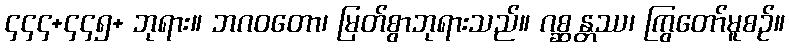
၄၄၄+၄၄၅+ ဘုရား။ ဘဂဝတော၊ မြတ်စွာဘုရားသည်။ ဂစ္ဆန္တဿ၊ ကြွတော်မူစဉ်။